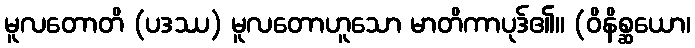
မူလတောတိ (ပဒဿ) မူလတောဟူသော မာတိကာပုဒ်၏။ (ဝိနိစ္ဆယော၊